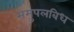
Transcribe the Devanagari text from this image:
समुपलबिध